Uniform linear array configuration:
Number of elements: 48
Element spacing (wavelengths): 1
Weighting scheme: hamming
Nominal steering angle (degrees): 45
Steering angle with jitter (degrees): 43.623
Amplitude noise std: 0.05
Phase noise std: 0.05

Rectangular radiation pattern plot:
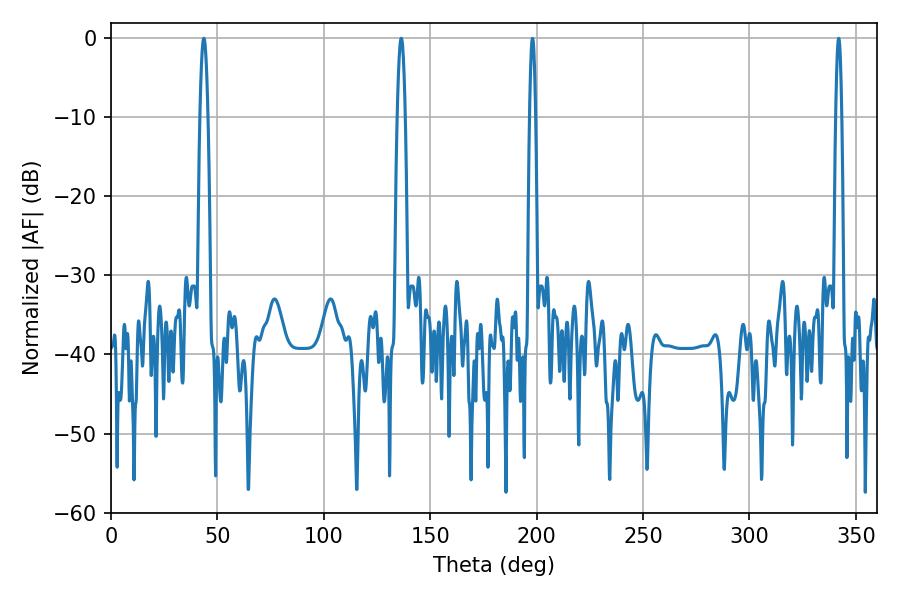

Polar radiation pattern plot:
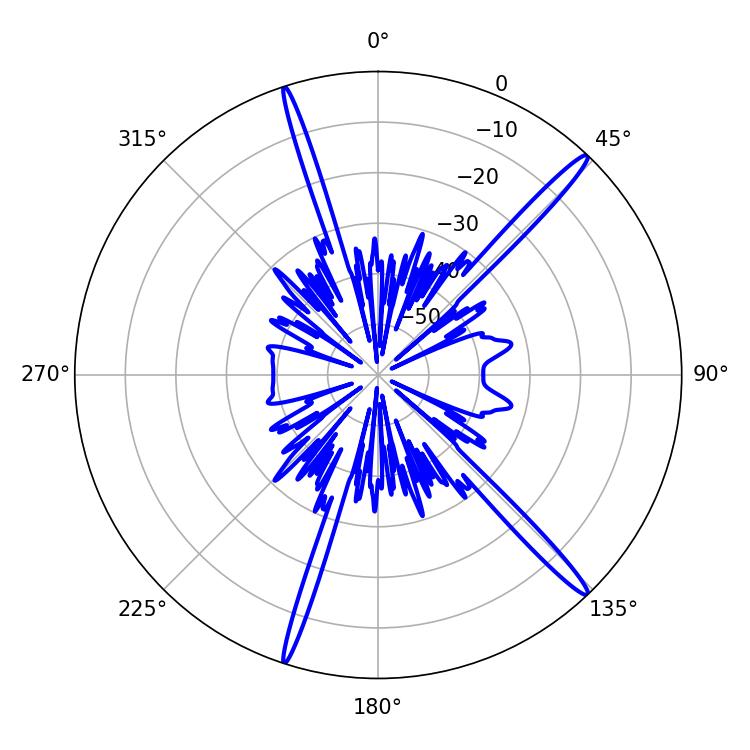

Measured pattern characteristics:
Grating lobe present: TRUE
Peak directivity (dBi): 17.415
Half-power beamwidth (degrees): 1.98
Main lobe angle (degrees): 43.56